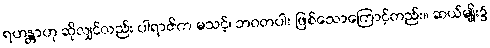
ရဟန္တာဟု ဆိုလျှင်လည်း ပါရာဇိက မသင့်၊ ဘဝတပါး ဖြစ်သောကြောင့်တည်း။ ဆယ်မျိုး၌